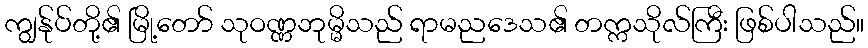
ကျွန်ုပ်တို့၏ မြို့တော် သုဝဏ္ဏဘုမ္မိသည် ရာမညဒေသ၏ တက္ကသိုလ်ကြီး ဖြစ်ပါသည်။